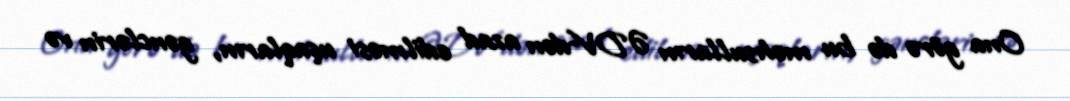
Ona görə də bu məhsulların ƏDV-dən azad edilməsi uşaqların, gənclərin və